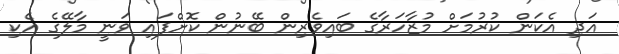
އަދި އެކަން ކުރުމަށް މުޒާހަރާގެ ބައިވެރިން ބޭނުން ކޮށްފައި ވަނީ މާލޭގެ އެކި